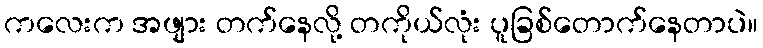
ကလေးက အဖျား တက်နေလို့ တကိုယ်လုံး ပူခြစ်တောက်နေတာပဲ။